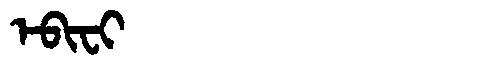
Manchu: ᡝᠪᡳᠸᡳ
Romanization: EBIFI